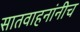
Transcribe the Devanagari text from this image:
सातवाहनांनीच